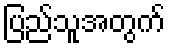
ပြည်သူအတွက်